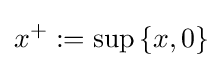
x^{+}:=\sup \left\{x,0\right\}